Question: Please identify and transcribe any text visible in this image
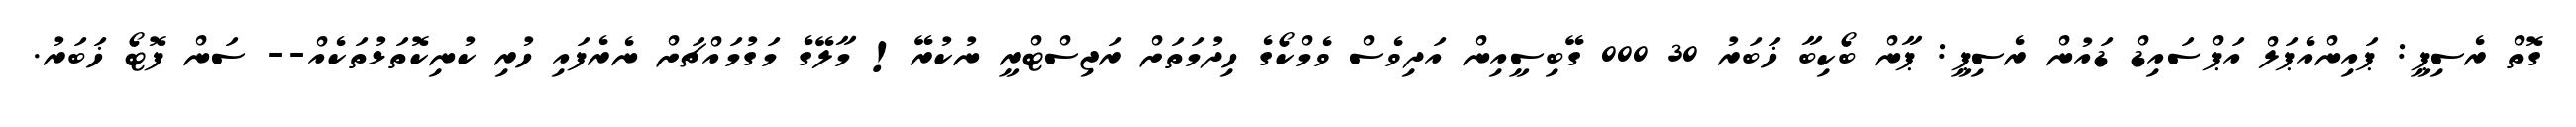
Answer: ގޮތް ރެސިޕީ: ޕައިންއެޕަލް އަޕްސައިޑް ޑައުން ރެސިޕީ: ޕާން ބޯކިބާ ޚަބަރު 30 000 ގޭބިސީއިން އަދިވެސް ވެމްކޯގެ ހިދުމަތަށް ރަޖިސްޓްރީ ނުކުރޭ! މާލޭގެ މަގުމައްޗަށް ނެރެފައި ހުރި ކުނިކޮތަޅުތަކެއް-- ސަން ފޮޓޯ ޚަބަރު.